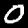
Digit: 0